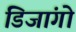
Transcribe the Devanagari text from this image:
डिजांगो